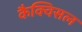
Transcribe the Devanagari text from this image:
कैक्विसल